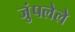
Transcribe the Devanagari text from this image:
जुंपलेले